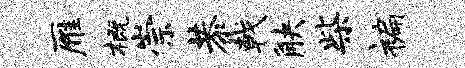
雁概崇恭戟觖柴褊